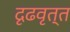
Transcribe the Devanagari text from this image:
दृढवृत्त